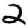
Digit: 2